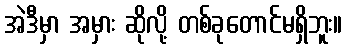
အဲဒီမှာ အမှား ဆိုလို့ တစ်ခုတောင်မရှိဘူး။